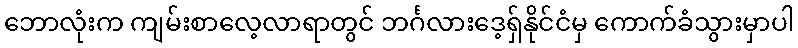
ဘောလုံးက ကျမ်းစာလေ့လာရာတွင် ဘင်္ဂလားဒေ့ရှ်နိုင်ငံမှ ကောက်ခံသွားမှာပါ